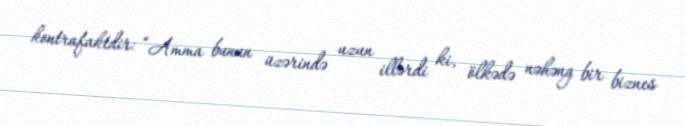
kontrafaktdir: “Amma bunun üzərində uzun illərdi ki, ölkədə nəhəng bir biznes